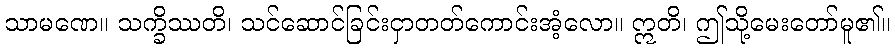
သာမဏေ။ သက္ခိဿတိ၊ သင်ဆောင်ခြင်းငှာတတ်ကောင်းအံ့လော။ ဣတိ၊ ဤသို့မေးတော်မူ၏။